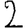
Digit: 2